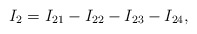
\begin{align*}I_2 = I_{21} - I_{22} - I_{23} - I_{24},\end{align*}